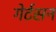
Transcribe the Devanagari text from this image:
गेर्टसन